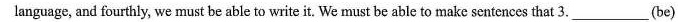
language, and fourthly, we must be able to write it. We must be able to make sentencesthat 3. ___(be)